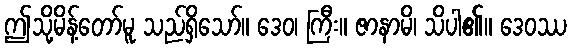
ဤသို့မိန့်တော်မူ သည်ရှိသော်။ ဒေဝ၊ ကြီး။ ဇာနာမိ၊ သိပါ၏။ ဒေဝဿ